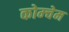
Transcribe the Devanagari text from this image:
कोम्चेम